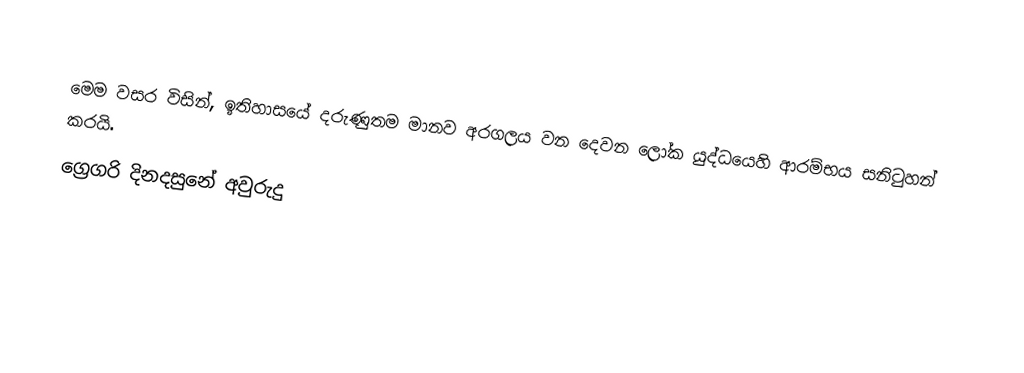

 මෙම වසර විසින්, ඉතිහාසයේ දරුණුතම මානව අරගලය වන දෙවන ලෝක යුද්ධයෙහි ආරම්භය සනිටුහන් කරයි.
ග්‍රෙගරි දිනදසුනේ අවුරුදු